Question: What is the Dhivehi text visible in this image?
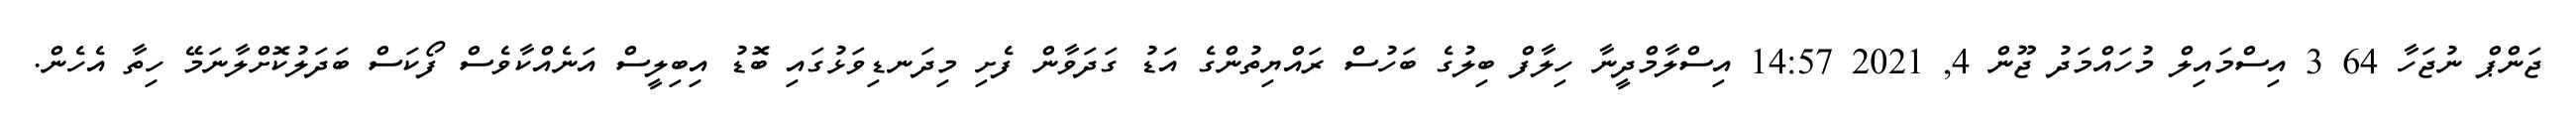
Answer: ޖަންޕް ނުޖަހާ 64 3 އިސްމައިލް މުހައްމަދު ޖޫން 4, 2021 14:57 އިސްލާމްދީނާ ހިލާފް ބިލުގެ ބަހުސް ރައްޔިތުންގެ އަޑު ގަދަވާން ފެށި މިދަނޑިވަޅުގައި ބޮޑު އިބިލީސް އަނެއްކާވެސް ފޯކަސް ބަދަލުކޮށްލާނަމޭ ހިތާ އެހެން.